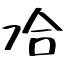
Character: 冾